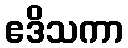
ဧဒိသကာ